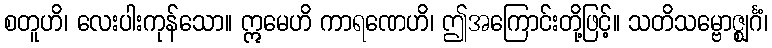
စတူဟိ၊ လေးပါးကုန်သော။ ဣမေဟိ ကာရဏေဟိ၊ ဤအကြောင်းတို့ဖြင့်။ သတိသမ္ဗောဇ္ဈင်္ဂံ၊